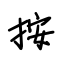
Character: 按